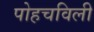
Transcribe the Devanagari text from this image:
पोहचविली